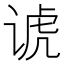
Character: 𬤀